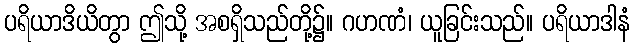
ပရိယာဒိယိတွာ ဤသို့ အစရှိသည်တို့၌။ ဂဟဏံ၊ ယူခြင်းသည်။ ပရိယာဒါနံ